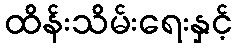
ထိန်းသိမ်းရေးနှင့်